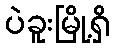
ပဲခူးမြို့ရှိ